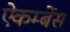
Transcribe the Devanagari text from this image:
ऐकम्बेंस